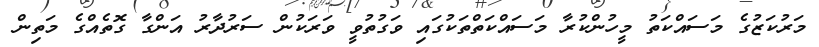
މަރުކަޒުގެ މަސައްކަތު މީހުންކުރާ މަސައްކަތްތަކުގައި ވަގުތުވީ ވަރަކުން ސަރުދާރު އަންގާ ގޮތެއްގެ މަތިން